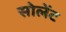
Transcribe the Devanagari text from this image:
सोलेंट